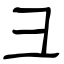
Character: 彐